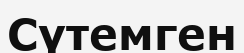
Сүтемген